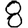
Digit: 8